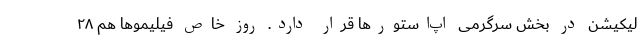
لیکیشن در بخش سرگرمی اپ‌استورها قرار دارد. روز خاص فیلیمو‌ها هم ۲۸